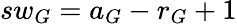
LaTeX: sw_{G}=a_{G}-r_{G}+1